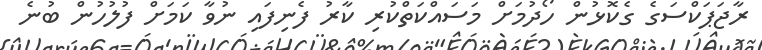
ރާޖަޕަކްސަގެ ގެކޮޅުން ހޯދުމަށް މަސައްކަތްކުރި ކާރު ފެނިފައި ނުވާ ކަމަށް ފުލުހުން ބުނެ